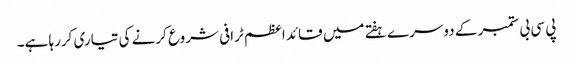
پی سی بی ستمبر کے دوسرے ہفتے میں قائد اعظم ٹرافی شروع کرنے کی تیاری کررہا ہے۔